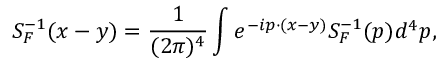
S _ { F } ^ { - 1 } ( x - y ) = { \frac { 1 } { ( 2 \pi ) ^ { 4 } } } \int e ^ { - i p \cdot ( x - y ) } S _ { F } ^ { - 1 } ( p ) d ^ { 4 } p ,